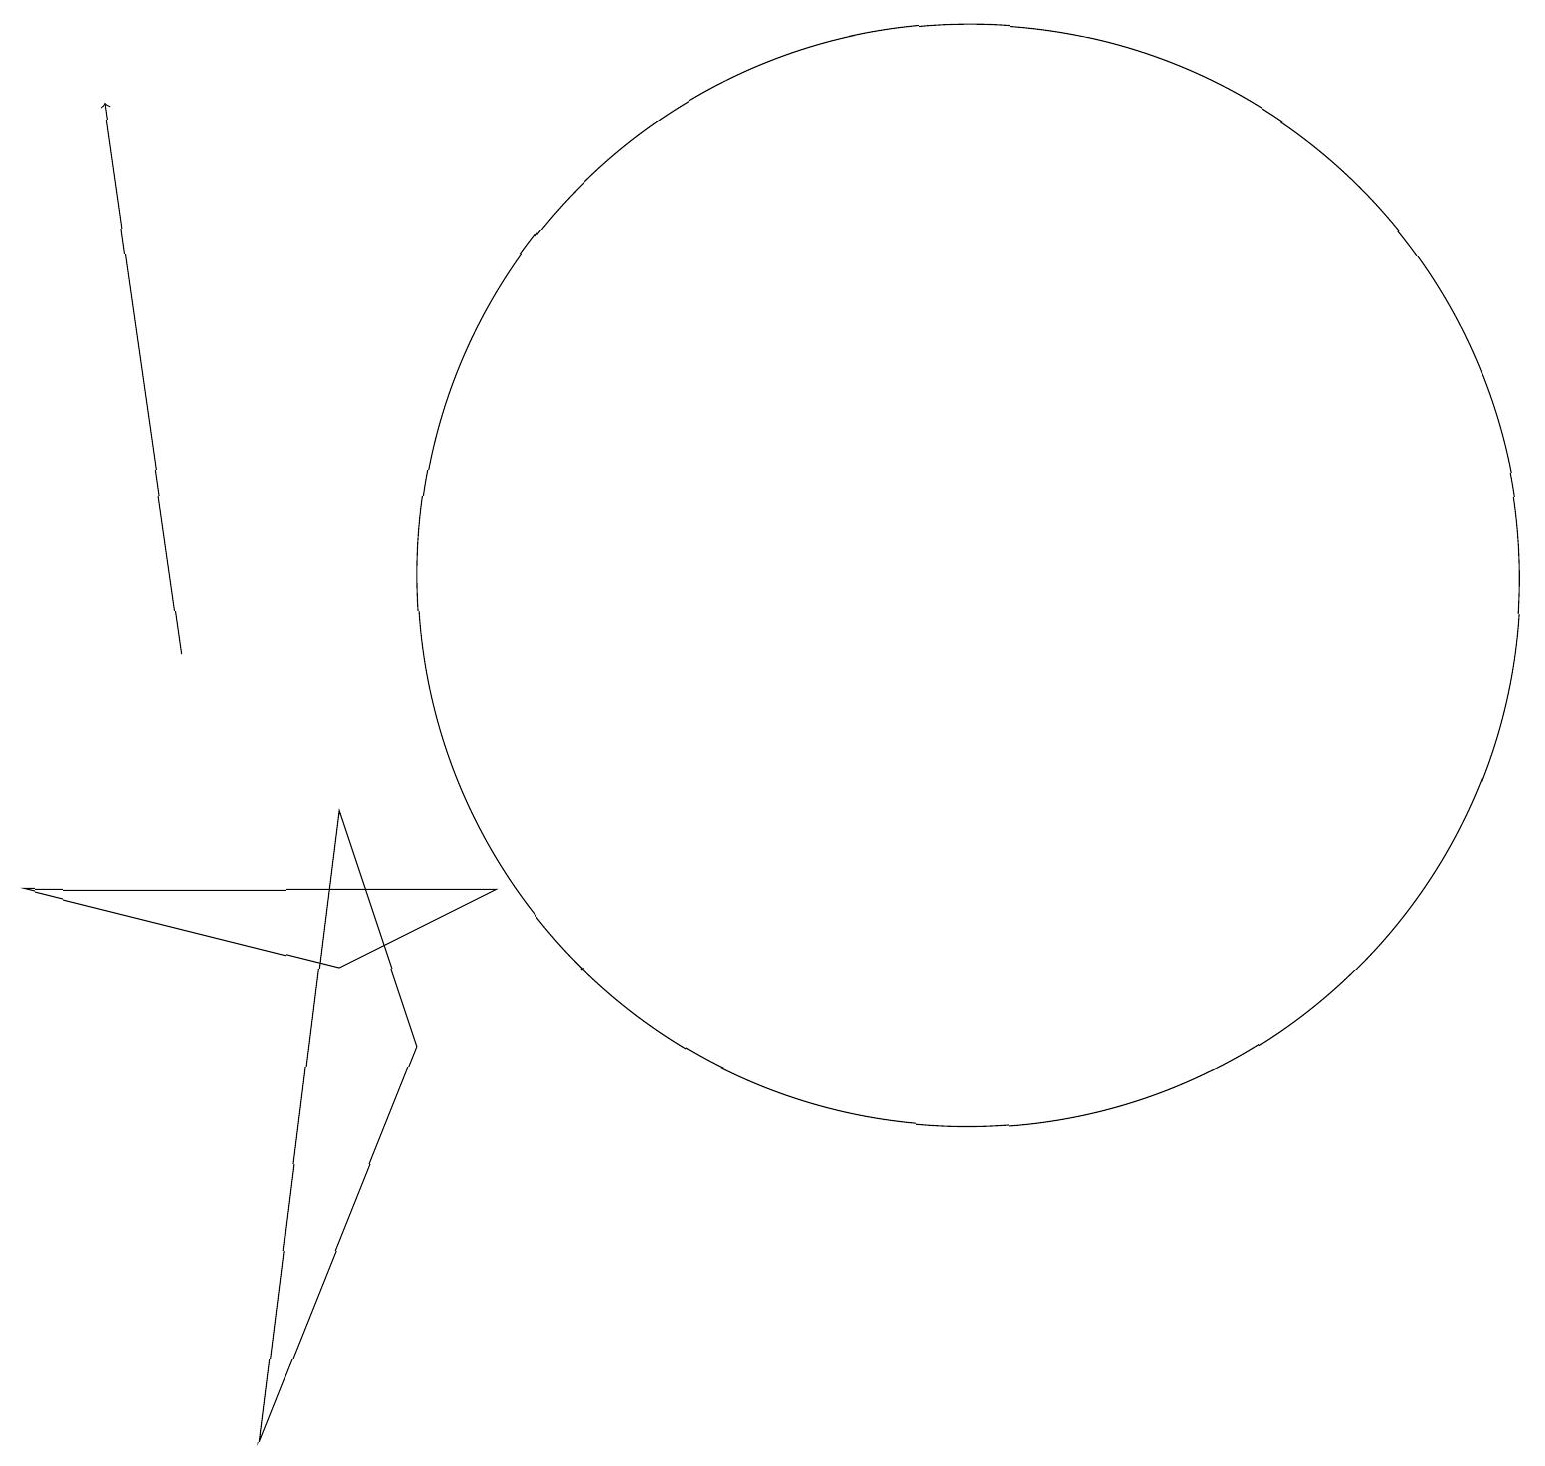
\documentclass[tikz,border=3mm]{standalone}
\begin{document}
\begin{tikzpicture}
\draw (12,11) circle (7);
\draw (6,7) -- (0,7) -- (4,6) -- cycle;
\draw[->] (2,10) -- (1,17);
\draw (3,0) -- (4,8) -- (5,5) -- cycle;
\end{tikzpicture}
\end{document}